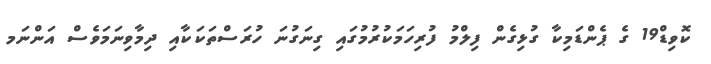
ކޮވިޑް19 ގެ ޕެންޑަމިކާ ގުޅިގެން ފިލްމު ފުރިހަމަކުރުމުގައި ގިނަގުނަ ހުރަސްތަކަކާއި ދިމާވިނަމަވެސް އަންނަމ